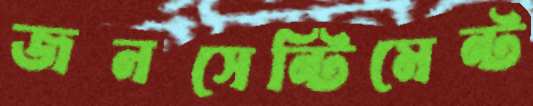
জনসেন্টিমেন্ট